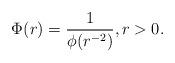
LaTeX: \begin{align*}\Phi(r)=\frac1{\phi(r^{-2})}, r>0.\end{align*}